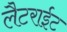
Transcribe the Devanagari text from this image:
लैटराईट